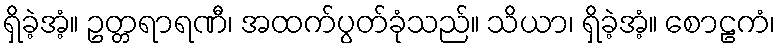
ရှိခဲ့အံ့။ ဥတ္တရာရဏီ၊ အထက်ပွတ်ခုံသည်။ သိယာ၊ ရှိခဲ့အံ့။ စောဠကံ၊